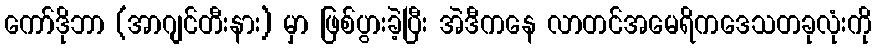
ကော်ဒိုဘာ (အာဂျင်တီးနား) မှာ ဖြစ်ပွားခဲ့ပြီး အဲဒီကနေ လာတင်အမေရိကဒေသတခုလုံးကို